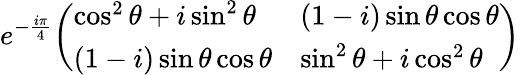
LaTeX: e^{-{\frac{i\pi}{4}}}{\left(\begin{array}{ll}{\cos^{2}\theta+i\sin^{2}\theta}&{(1-i)\sin\theta\cos\theta}\\ {(1-i)\sin\theta\cos\theta}&{\sin^{2}\theta+i\cos^{2}\theta}\end{array}\right)}